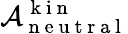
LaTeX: \mathcal{A}_{\mathrm{~n~e~u~t~r~a~l~}}^{\mathrm{~k~i~n~}}